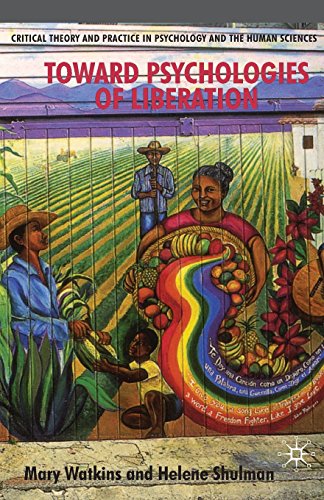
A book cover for Toward Psychologies of Liberation (Critical Theory and Practice in Psychology and the Human Sciences); Helene Shulman; Medical Books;